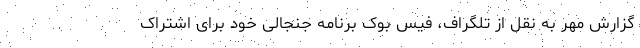
گزارش مهر به نقل از تلگراف، فیس بوک برنامه جنجالی خود برای اشتراک